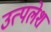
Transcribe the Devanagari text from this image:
उत्पलेशं